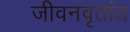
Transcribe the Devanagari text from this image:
जीवनवृतांत